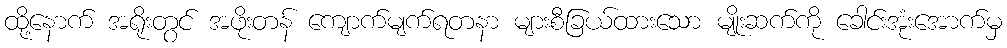
ထို့နောက် အရိုးတွင် အဖိုးတန် ကျောက်မျက်ရတနာ များစီခြယ်ထားသော မျိုးဆက်ကို ခေါင်းအုံးအောက်မှ